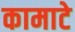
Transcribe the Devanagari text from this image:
कामाटे